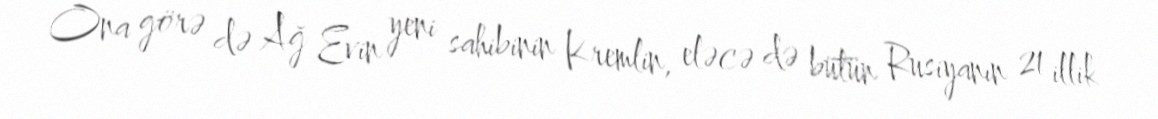
Ona görə də Ağ Evin yeni sahibinin Kremlin, eləcə də bütün Rusiyanın 21 illik